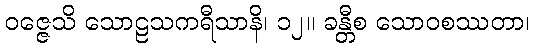
ဝဇ္ဇေသိ သောဠသကရီသာနိ၊ ၁၂။ ခန္တီစ သောဝစဿတာ၊